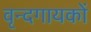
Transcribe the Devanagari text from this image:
वृन्दगायकों